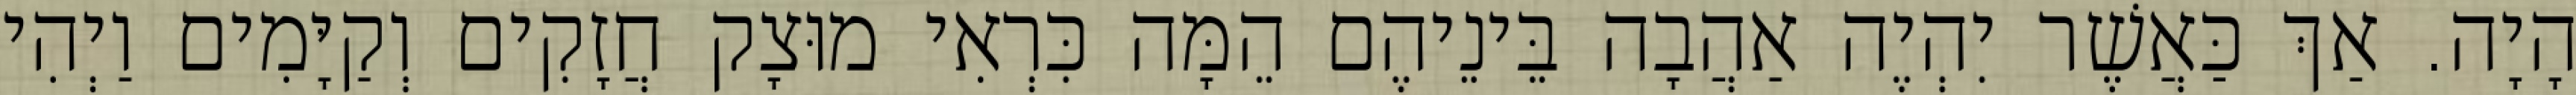
הָיָה. אַךְ כַּאֲשֶׁר יִהְיֶה אַהֲבָה בֵּינֵיהֶם הֵמָּה כִּרְאִי מוּצָק חֲזָקִים וְקַיָּמִים וַיְהִי